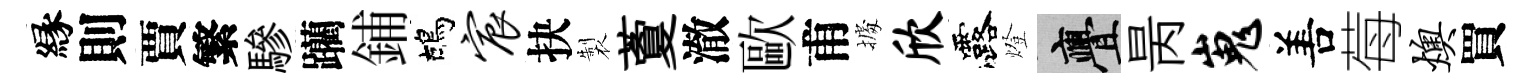
縁則賈繁驂躪鋪鴣宸抉製藑澈歐甫𢴃欣露燈亹昺嵬𠵊莓燠買